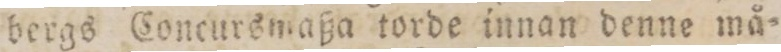
bergs Concursmaßa torde innan denne må=